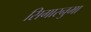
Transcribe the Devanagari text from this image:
सिगारनुमा